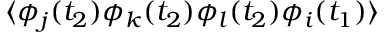
\langle \phi _ { j } ( t _ { 2 } ) \phi _ { k } ( t _ { 2 } ) \phi _ { l } ( t _ { 2 } ) \phi _ { i } ( t _ { 1 } ) \rangle